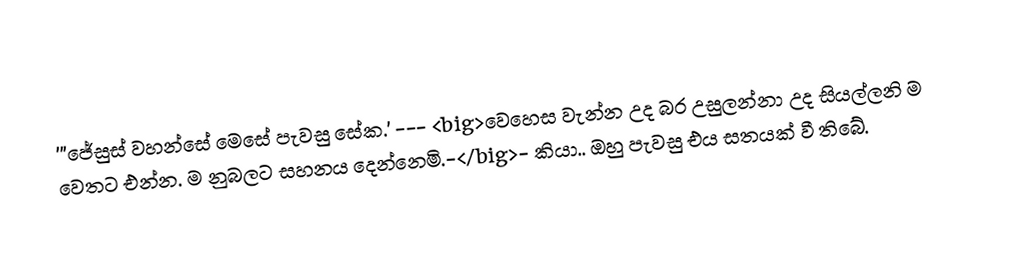
'''ජේසුස් වහන්සේ මෙසේ පැවසු සේක.' --- <big>වෙහෙස වැන්න උද බර උසුලන්නා උද සියල්ලනි ම වෙතට එන්න. ම නුබලට සහනය දෙන්නෙමි.-</big>- කියා.. ඔහු පැවසු එය සතයක් වී තිබේ.